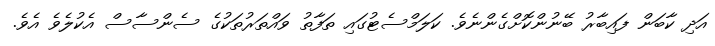
އަދި ކާބަން ފައިބާރު ބޭނުންކޮށްގެންނެވެ. ކަލަމްސެޓުގައި ތަފާތު ވައްތަރުތަކުގެ ސެންސާސް އެކުލެވެ އެވެ.